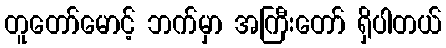
တူတော်မောင့် ဘက်မှာ အကြီးတော် ရှိပါတယ်